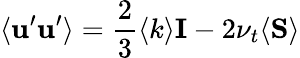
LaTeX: \langle{{\mathbf{u^{\prime}}\mathbf{u^{\prime}}}}\rangle=\frac{2}{3}\langle k\rangle{\mathbf{I}}-2\nu_{t}\langle{\mathbf{S}}\rangle